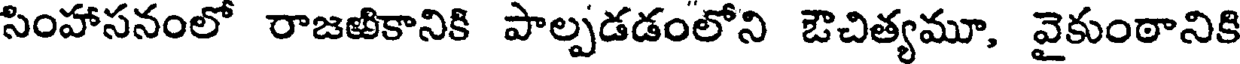
సింహాసనంలో రాజఱికానికి పాల్పడడంలోని ఔచిత్యమూ, వైకుంఠానికి